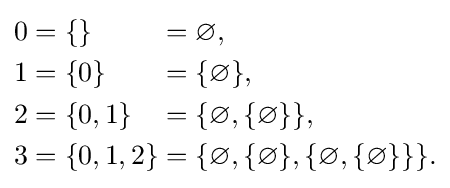
{\begin{alignedat}{2}0&{}=\{\}&&{}=\varnothing ,\\1&{}=\{0\}&&{}=\{\varnothing \},\\2&{}=\{0,1\}&&{}=\{\varnothing ,\{\varnothing \}\},\\3&{}=\{0,1,2\}&&{}=\{\varnothing ,\{\varnothing \},\{\varnothing ,\{\varnothing \}\}\}.\end{alignedat}}